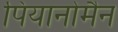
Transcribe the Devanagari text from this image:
पियानोमैन